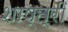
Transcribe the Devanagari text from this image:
शाष्त्री